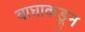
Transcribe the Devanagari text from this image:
वाघाकडून